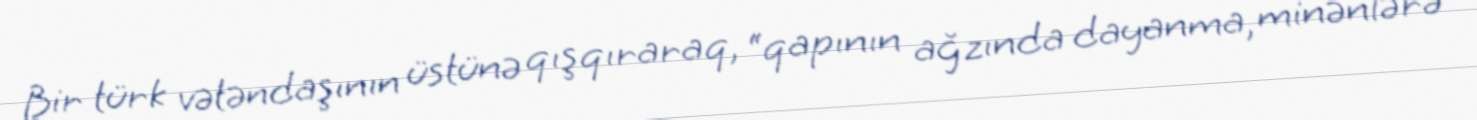
Bir türk vətəndaşının üstünə qışqıraraq, “qapının ağzında dayanma, minənlərə